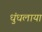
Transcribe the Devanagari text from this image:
धुंधलाया